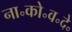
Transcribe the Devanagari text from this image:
ना॰को॰व॰दे॰